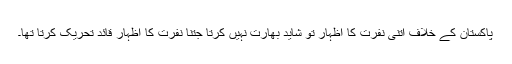
پاکستان کے خلاف اتنی نفرت کا اظہار تو شاید بھارت نہیں کرتا جتنا نفرت کا اظہار قائد تحریک کرتا تھا۔